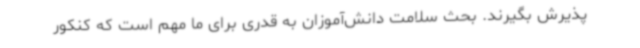
پذیرش بگیرند. بحث سلامت دانش‌آموزان به قدری برای ما مهم است که کنکور